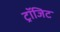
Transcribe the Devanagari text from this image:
ट्रॉजिट